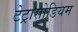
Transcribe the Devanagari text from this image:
टेट्रासोडियम